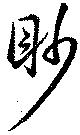
眇